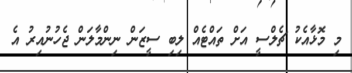
މި މޮޅާއެކު ޗެލްސީ އަށް ތައްޓެއް ލިބި ސީޒަން ނިންމާލަން ޖެހުނުއިރު އެ